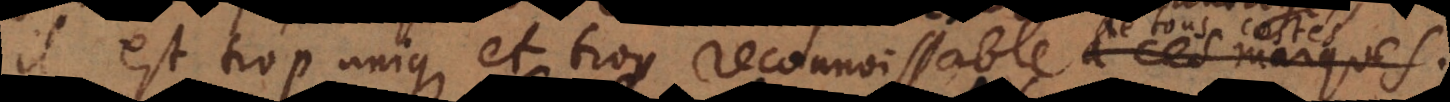
il est trop unique et trop reconnoissable à ses marqu